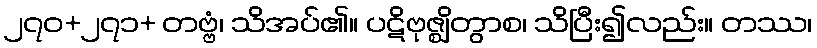
၂၇၀+၂၇၁+ တဗ္ဗံ၊ သိအပ်၏။ ပဋိဗုဇ္ဈိတွာစ၊ သိပြီး၍လည်း။ တဿ၊